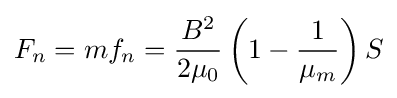
F_{n}=mf_{n}={\frac {B^{2}}{2\mu _{0}}}\left(1-{\frac {1}{\mu _{m}}}\right)S